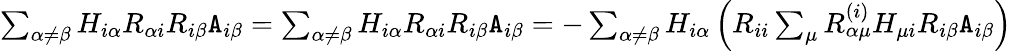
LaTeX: \begin{array}{r}{\sum_{\alpha\neq\beta}H_{i\alpha}R_{\alpha i}R_{i\beta}{\texttt A}_{i\beta}=\sum_{\alpha\neq\beta}H_{i\alpha}R_{\alpha i}R_{i\beta}{\texttt A}_{i\beta}=-\sum_{\alpha\neq\beta}H_{i\alpha}\left(R_{ii}\sum_{\mu}R_{\alpha\mu}^{(i)}H_{\mu i}R_{i\beta}{\texttt A}_{i\beta}\right)}\end{array}